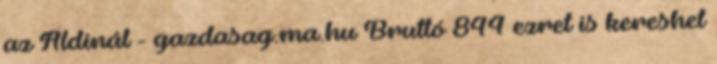
az Aldinál - gazdasag.ma.hu Bruttó 844 ezret is kereshet